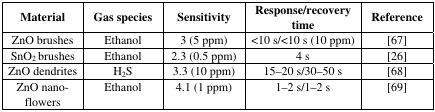
<table><thead><tr><td><b>Material</b></td><td><b>Gas species</b></td><td><b>Sensitivity</b></td><td><b>Response/recovery time</b></td><td><b>Reference</b></td></tr></thead><tbody><tr><td>ZnO brushes</td><td>Ethanol</td><td>3 (5 ppm)</td><td>&lt;10 s/&lt;10 s (10 ppm)</td><td>[67]</td></tr><tr><td>SnO<sub>2</sub> brushes</td><td>Ethanol</td><td>2.3 (0.5 ppm)</td><td>4 s</td><td>[26]</td></tr><tr><td>ZnO dendrites</td><td>H<sub>2</sub>S</td><td>3.3 (10 ppm)</td><td>15–20 s/30–50 s</td><td>[68]</td></tr><tr><td>ZnO nano-flowers</td><td>Ethanol</td><td>4.1 (1 ppm)</td><td>1–2 s/1–2 s</td><td>[69]</td></tr></tbody></table>